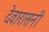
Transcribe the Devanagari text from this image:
देवारासनी